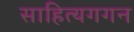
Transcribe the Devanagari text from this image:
साहित्यगगन